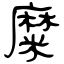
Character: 糜